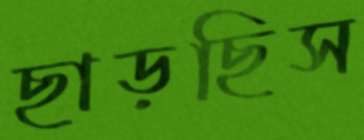
ছাড়ছিস